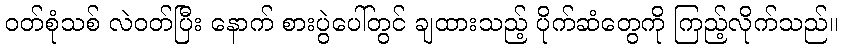
ဝတ်စုံသစ် လဲဝတ်ပြီး နောက် စားပွဲပေါ်တွင် ချထားသည့် ပိုက်ဆံတွေကို ကြည့်လိုက်သည်။